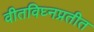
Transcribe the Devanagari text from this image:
वीतविघ्नप्रतीत